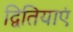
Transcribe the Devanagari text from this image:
द्वितियाएं